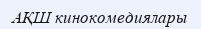
АҚШ кинокомедиялары